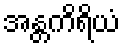
အန္တကိရိယံ